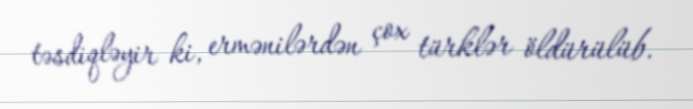
təsdiqləyir ki, ermənilərdən çox türklər öldürülüb.